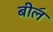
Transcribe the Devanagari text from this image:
बील॔